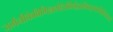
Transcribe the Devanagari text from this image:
जर्मनीकेविभिन्नशेहेरोंकेवैज्ञानिकइससमितिकेसदस्यहैं